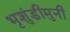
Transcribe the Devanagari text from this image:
भृशुंडीमुनी